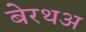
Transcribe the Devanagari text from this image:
बेरथअ